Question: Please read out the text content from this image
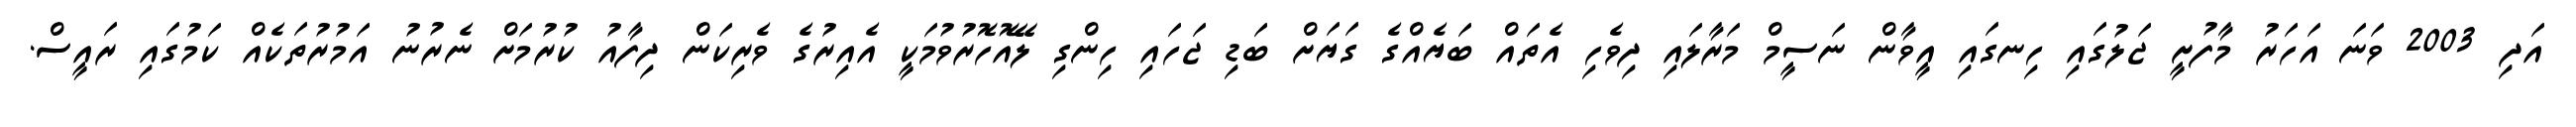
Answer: އަދި 2003 ވަނަ އަހަރު މާފުށީ ޖަލުގައި ހިނގައި އީވާން ނަސީމް މަރާލައި ދިވެހި އެތައް ބަޔެއްގެ ގަޔަށް ބަޑި ޖަހައި ހިންގި ލޭއޮހޮރުވުމަކީ އެއިރުގެ ވެރިކަން ދިފާއު ކުރުމަށް ނެރުނު އަމުރުތަކެއް ކަމުގައި ރައީސް.